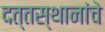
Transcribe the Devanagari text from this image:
दत्तस्थानांचे